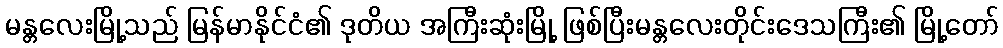
မန္တလေးမြို့သည် မြန်မာနိုင်ငံ၏ ဒုတိယ အကြီးဆုံးမြို့ ဖြစ်ပြီးမန္တလေးတိုင်းဒေသကြီး၏ မြို့တော်